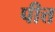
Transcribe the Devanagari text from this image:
पीत्त